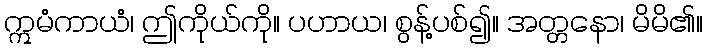
ဣမံကာယံ၊ ဤကိုယ်ကို။ ပဟာယ၊ စွန့်ပစ်၍။ အတ္တနော၊ မိမိ၏။